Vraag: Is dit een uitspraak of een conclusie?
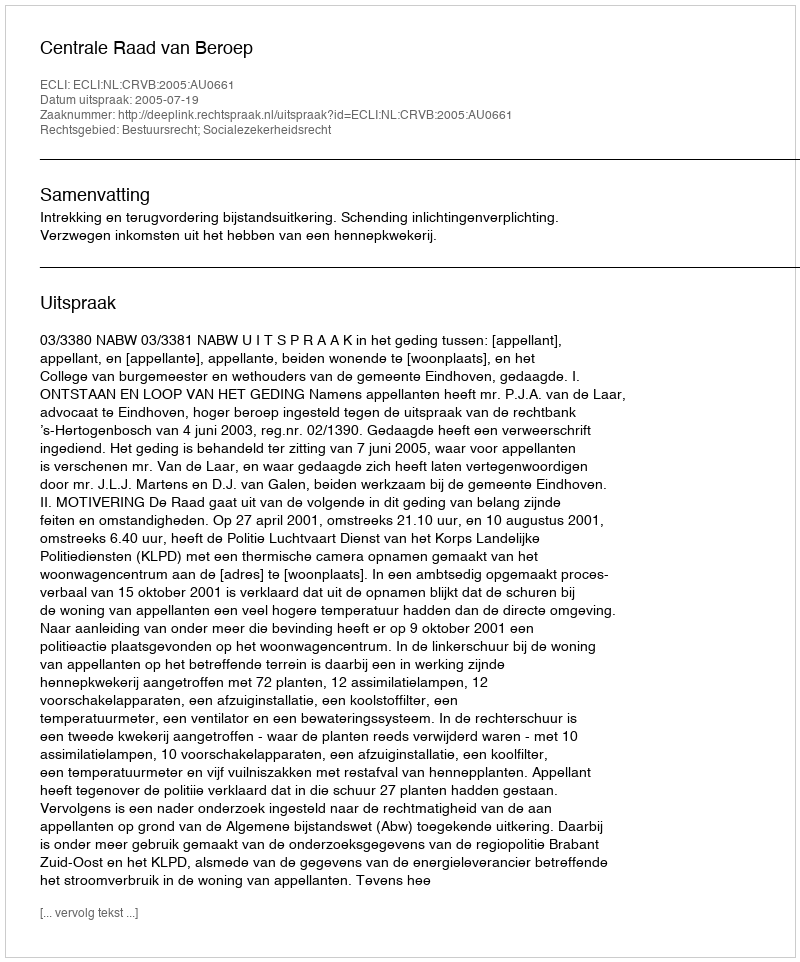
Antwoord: Uitspraak